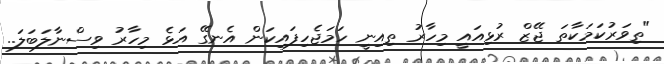
"ތިވަރުކަމަކާތަ ޖޭޒް ރުޅިއައީ މިހާރު ތިއިނީ ހަމަޖެހިފައިކަން އެނގޭ އަޅެ މިހާރު ވިސްނާލަބަލަ..